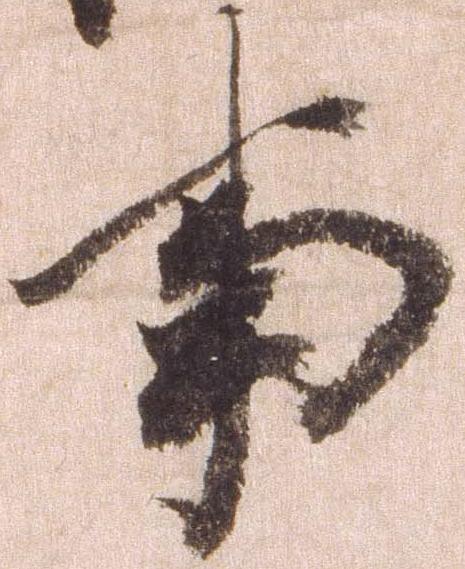
事